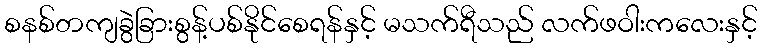
စနစ်တကျခွဲခြားစွန့်ပစ်နိုင်စေရန်နှင့် မသက်ရီသည် လက်ဖဝါးကလေးနှင့်